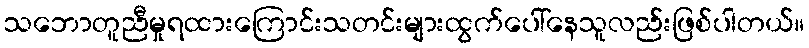
သဘောတူညီမှုရထားကြောင်းသတင်းများထွက်ပေါ်နေသူလည်းဖြစ်ပါတယ်။